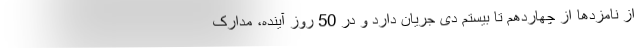
از نامزدها از چهاردهم تا بیستم دی جریان دارد و در 50 روز آینده، مدارک